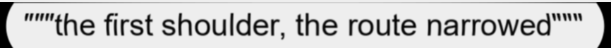
"""the first shoulder, the route narrowed"""